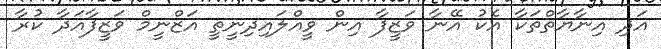
އަދި އިނާޔާތްތަކާ އެކު އޭނާ ވަޒީފާ އިން ވީއްލައިދިނީތީ އަޒްނީމް ވަޒީފާއަދާ ކުރާ